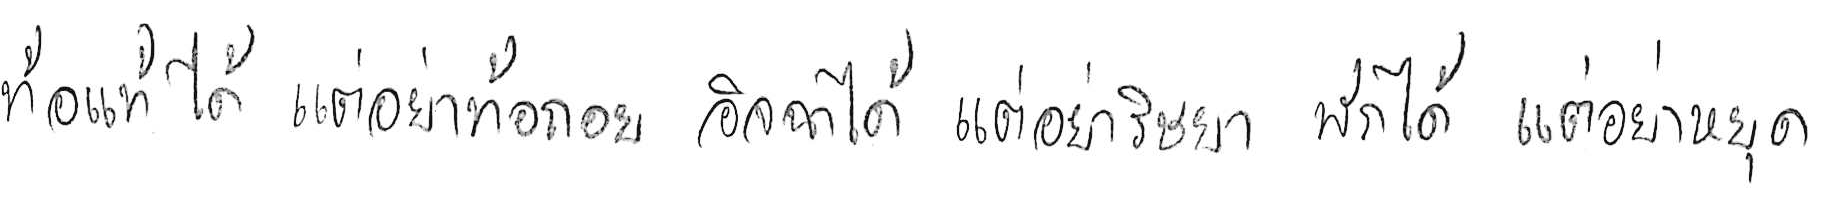
ท้อแท้ได้ แต่อย่าท้อถอย อิจฉาได้ แต่อย่าริษยา พักได้ แต่อย่าหยุด